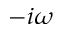
- i \omega